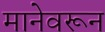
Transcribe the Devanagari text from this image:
मानेवरून